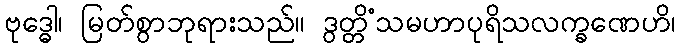
ဗုဒ္ဓေါ၊ မြတ်စွာဘုရားသည်။ ဒွတ္တိံသမဟာပုရိသလက္ခဏေဟိ၊